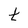
Character: t